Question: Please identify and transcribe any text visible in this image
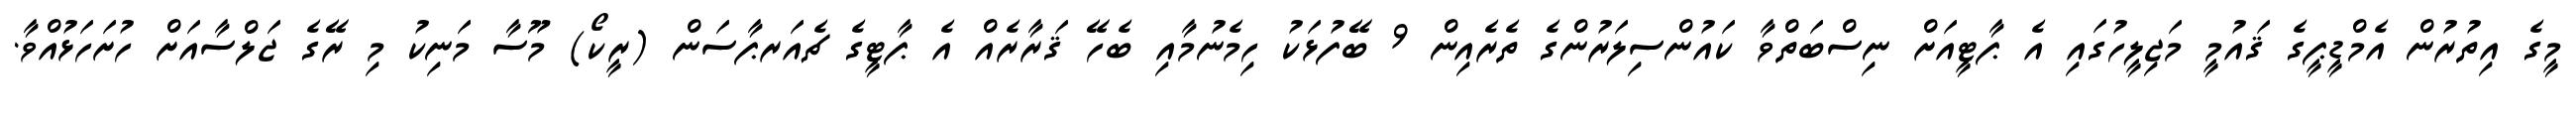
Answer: މީގެ އިތުރުން އެމްޑީޕީގެ ޤައުމީ މަޖިލީހުގައި އެ ޕާޓީއަށް ނިސްބަތްވާ ކައުންސިލަރުންގެ ތެރެއިން 9 ބޭފުޅަކު ހިމެނުމާއި ބެހޭ ޤަރާރެއް އެ ޕާޓީގެ ޗެއަރޕާސަން (ރީކޯ) މޫސާ މަނިކު މި ރޭގެ ޖަލްސާއަށް ހުށަހަޅުއްވާ.